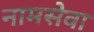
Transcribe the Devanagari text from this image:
नामसेवा